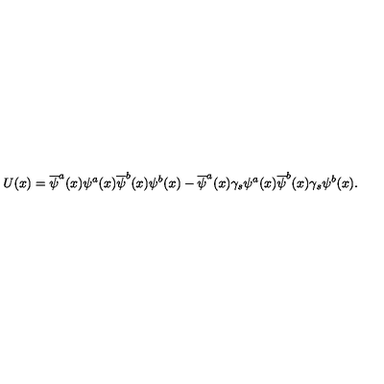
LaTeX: U ( x ) = \overline { \psi } ^ { a } ( x ) \psi ^ { a } ( x ) \overline { \psi } ^ { b } ( x ) \psi ^ { b } ( x ) - \overline { \psi } ^ { a } ( x ) \gamma _ { s } \psi ^ { a } ( x ) \overline { \psi } ^ { b } ( x ) \gamma _ { s } \psi ^ { b } ( x ) .